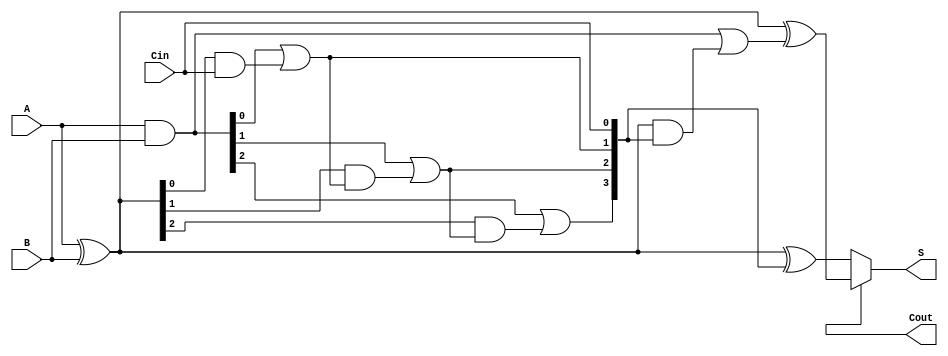
module conditional_sum_adder #(
    parameter BIT_WIDTH = 4  // Parameter for the bit width of A and B
)(
    input  [BIT_WIDTH-1:0] A,     // First operand
    input  [BIT_WIDTH-1:0] B,     // Second operand
    input  Cin,                   // Carry-in
    output [BIT_WIDTH-1:0] S,     // Sum output
    output Cout                   // Carry-out
);

    // Generate and propagate signals
    wire [BIT_WIDTH-1:0] G; // Generate signals
    wire [BIT_WIDTH-1:0] P; // Propagate signals
    wire [BIT_WIDTH-1:0] S1; // Sum assuming no carry-in
    wire [BIT_WIDTH-1:0] S2; // Sum accounting for carry-in
    wire [BIT_WIDTH:0] C;    // Carry signals

    // Generate and propagate logic
    assign G = A & B;                  // Generate signals
    assign P = A ^ B;                  // Propagate signals

    // Sum calculations
    assign S1 = A ^ B ^ {C[BIT_WIDTH-1:0], Cin}; // S1 with carry-in
    assign S2 = (A ^ B) ^ (G | (P & {C[BIT_WIDTH-1:0], Cin})); // S2 with carry-in

    // Carry generation logic
    assign C[0] = G[0] | (P[0] & Cin); // Carry for the least significant bit
    generate
        genvar i;
        for (i = 1; i < BIT_WIDTH; i = i + 1) begin
            assign C[i] = G[i] | (P[i] & C[i-1]); // Carry for the rest of the bits
        end
    endgenerate

    // Final sum and carry-out
    assign S = C[BIT_WIDTH] ? S2 : S1; // Select S1 or S2 based on Cout
    assign Cout = C[BIT_WIDTH];         // Final carry-out

endmodule